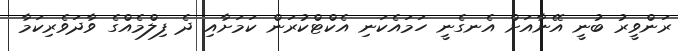
ރަންވީރު ބުނީ އޭނާއަށް އެނގެނީ ހަމައެކަނި އެކްޓްކުރަން ކަމަށާއި ދެ ފިލްމެއްގެ ވާދަވެރިކަމާ